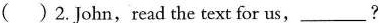
( )2. John, read the text for us, ___?